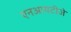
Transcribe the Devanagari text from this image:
एनआयटीजे